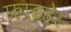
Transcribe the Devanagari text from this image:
फ्राइहेर